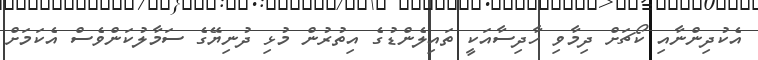
އެކުދިންނާއި ކޯޗަށް ދިމާވި ހާދިސާއަކީ ތައިލެންޑުގެ އިތުރުން މުޅި ދުނިޔޭގެ ސަމާލުކަންވެސް އެކަމަށް